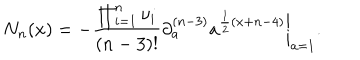
LaTeX: N _ { n } ( x ) = - \frac { \prod _ { i = 1 } ^ { n } \nu _ { i } } { ( n - 3 ) ! } \left. \partial _ { a } ^ { ( n - 3 ) } a ^ { \frac { 1 } { 2 } ( x + n - 4 ) } \right| _ { a = 1 } .